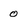
Character: 0